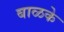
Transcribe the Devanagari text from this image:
बाळके